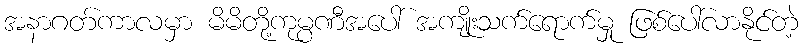
အနာဂတ်ကာလမှာ မိမိတို့ကုမ္ပဏီအပေါ် အကျိုးသက်ရောက်မှု ဖြစ်ပေါ်လာနိုင်တဲ့